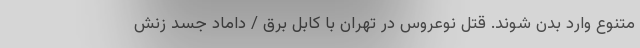
متنوع وارد بدن شوند. قتل نوعروس در تهران با کابل برق / داماد جسد زنش